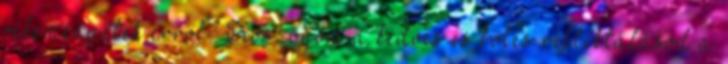
véleményetek erről? Köszönöm a kedves és bölcs reflektálásod a